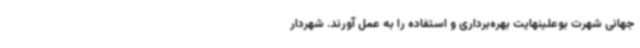
جهانی شهرت بوعلینهایت بهره‌برداری و استفاده را به عمل آورند. شهردار